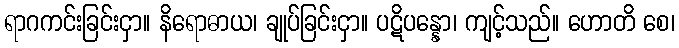
ရာဂကင်းခြင်းငှာ။ နိရောဓာယ၊ ချုပ်ခြင်းငှာ။ ပဋိပန္နော၊ ကျင့်သည်။ ဟောတိ စေ၊